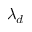
\lambda _ { d }